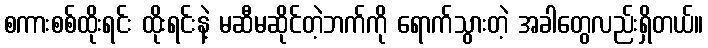
စကားစစ်ထိုးရင်း ထိုးရင်းနဲ့ မဆီမဆိုင်တဲ့ဘက်ကို ရောက်သွားတဲ့ အခါတွေလည်းရှိတယ်။